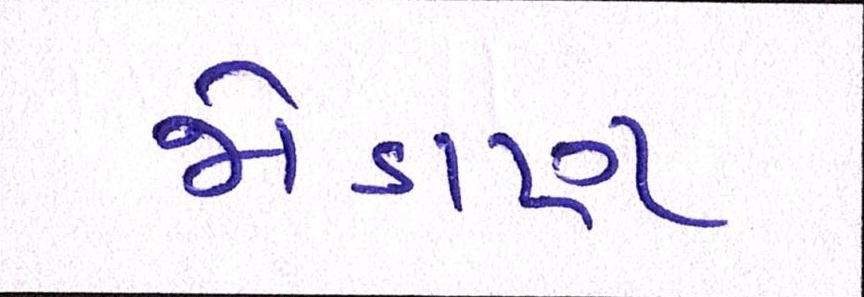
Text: જોડાણ